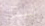
السبت